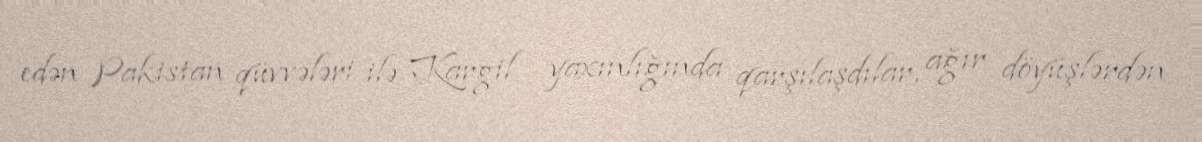
edən Pakistan qüvvələri ilə Kargil yaxınlığında qarşılaşdılar, ağır döyüşlərdən